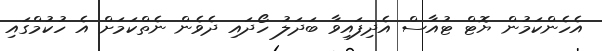
އެހެންކަމުން ޔޮޓް ޓުއާސް އެދިފައިވާ ބަދަލު ހޯދައި ދެވެން ނެތްކަމަށް އެ ހުކުމްގައި